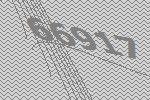
66917